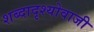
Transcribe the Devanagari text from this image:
शब्दादृश्योवाजी